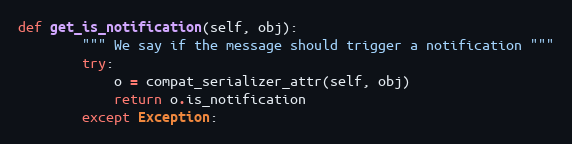
Language: Python
def get_is_notification(self, obj):
        """ We say if the message should trigger a notification """
        try:
            o = compat_serializer_attr(self, obj)
            return o.is_notification
        except Exception: